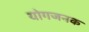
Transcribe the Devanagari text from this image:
योगजनक